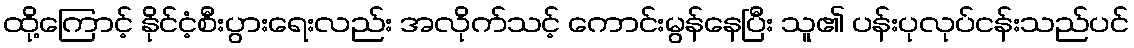
ထို့ကြောင့် နိုင်ငံ့စီးပွားရေးလည်း အလိုက်သင့် ကောင်းမွန်နေပြီး သူ၏ ပန်းပုလုပ်ငန်းသည်ပင်